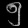
Digit: ၅